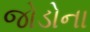
જોડોના